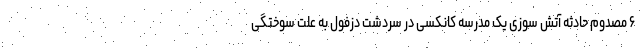
۶ مصدوم حادثه آتش سوزی یک مدرسه کانکسی در سردشت دزفول به علت سوختگی